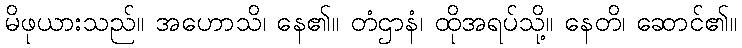
မိဖုယားသည်။ အဟောသိ၊ နေ၏။ တံဌာနံ၊ ထိုအရပ်သို့။ နေတိ၊ ဆောင်၏။